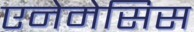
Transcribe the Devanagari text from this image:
एनेमेसिस